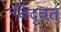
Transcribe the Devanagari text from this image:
बिंदुवत